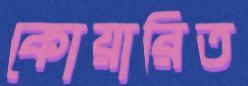
কোয়ারিত